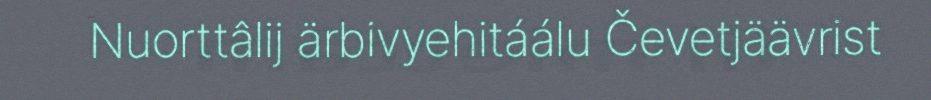
Nuorttâlij ärbivyehitáálu Čevetjäävrist